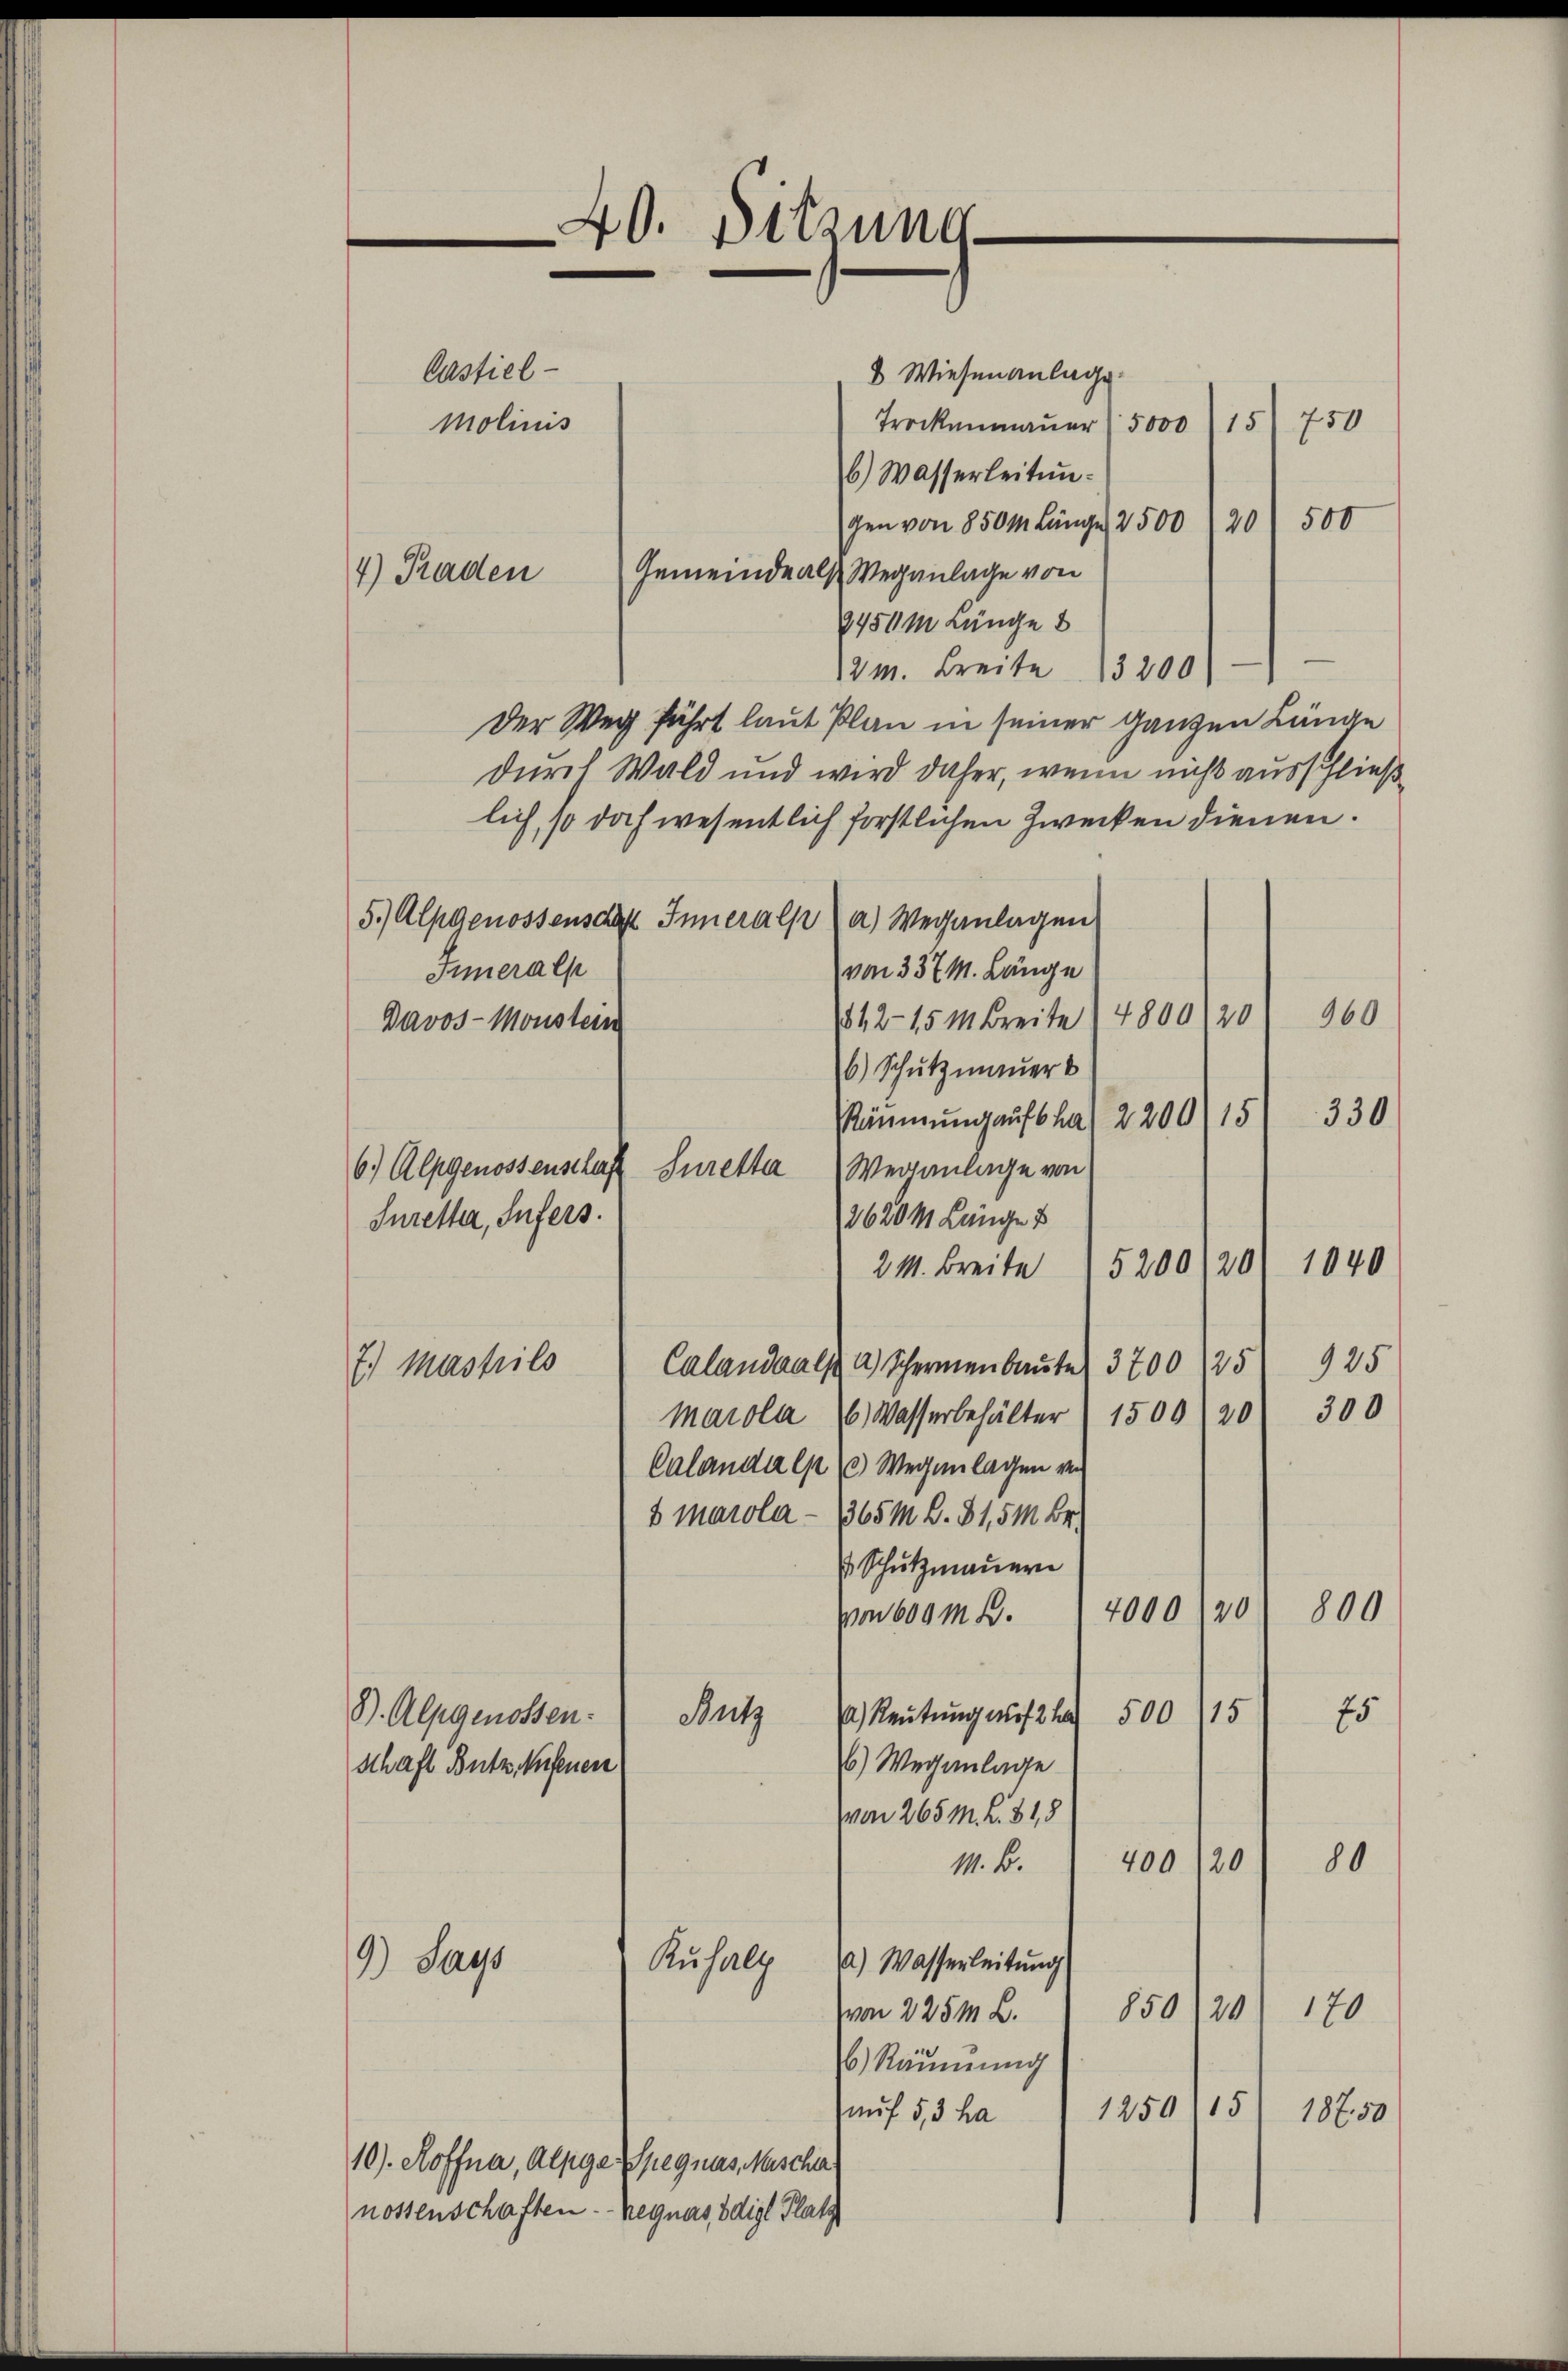
4) Kaden

Castiel
Molinis

Wiesenanlage.
Trockenmaṅer (5000 " 15 750
6.) Wasserleitŭn
gen von 850m Länge 2500 120 500
Gemeinde als Weganlage von
8450m Länge
2 M. Breite 3200
Der Weg führt laut Plan in seiner ganzen Länge
durch Wald und wird daher, wenn nicht ausschließ
lich, so doch wesentlich forstlichen Zwecken dienen.
5.) Alpgenossensch Inneralp a) Weganlagen
Inneralp
von 337 M. Länge
812–15 M. Breite (4800/20
Davos-Monstein
6) Schutzmauers
330
Stimmung aufsha 2200115
6) Alpgenossenschaft Suretta Weganlage von
3620m Länge v
Iuretter, Sufers.
21. Breite 5200/20) 1040
Caland als a) Schermenbaute 3700/25 925
7.) Mastrils
300
Marola (6) Wasserbehälter (1500) 20
Calandalp  Wegenlagen ver¬
8 Marola - 1365 M. B. 31,5 M. Br.
 Schutzmauern
800
4000 (20
von 600 M. D.
Autz
a) Reutung auf 2 500 (15
B. Alpgenossen:
75
6.) Weganlage
schaft Butz. Aufenen
von 265 M. L. 31,5
80
400120
M. B.
Kŭhalt 2.) Wasserleitŭng
9) Pays
170
850/20
von 225m L.
b) Räumung
1250115
auf 5,3 ha
18750
10). Hoffna, Alpge Spegnas Mischer
nossenschaften - regnes ödige Platz

40. Sitzung

960